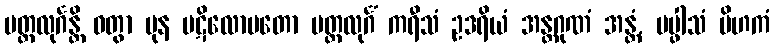
မတ္ထလုင်္ဂန္တိ ဝတွာ ပုန ပဋိလောမတော မတ္ထလုင်္ဂံ ကရီသံ ဥဒရိယံ အန္တဂုဏံ အန္တံ, ပပ္ဖါသံ ပိဟကံ